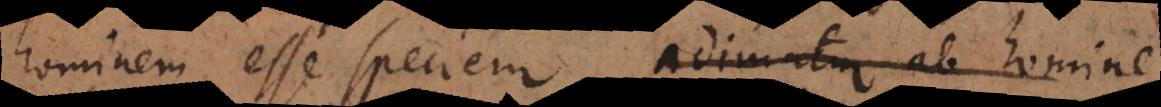
hominem esse speciem., adimatur ab homin